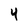
Character: 4